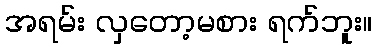
အရမ်း လှတော့မစား ရက်ဘူး။